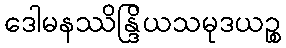
ဒေါမနဿိန္ဒြိယသမုဒယဉ္စ